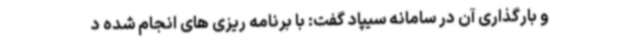
و بارگذاری آن در سامانه سیپاد گفت: با برنامه ریزی های انجام شده د